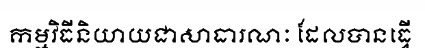
កម្មវិធីនិយាយជាសាធារណៈ ដែលបានធ្វើ